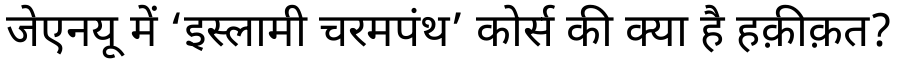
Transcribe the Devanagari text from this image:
जेएनयू में ‘इस्लामी चरमपंथ’ कोर्स की क्या है हक़ीक़त?